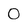
Character: 0